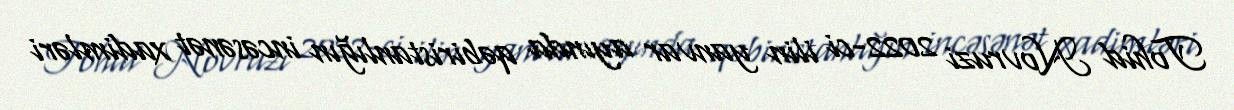
Tohid Novruzi 2022-ci ilin yanvar ayında qəbiristanlığın incəsənət xadimləri